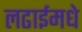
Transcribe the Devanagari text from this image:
लढाईमधे